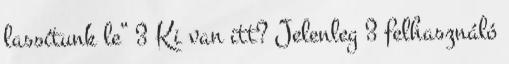
lassítunk le” 3 Ki van itt? Jelenleg 3 felhasználó